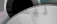
ليست